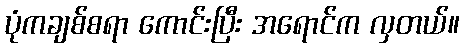
ပုံကချစ်စရာ ကောင်းပြီး အရောင်က လှတယ်။